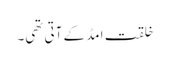
خلقت امڈ کے آتی تھی۔